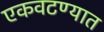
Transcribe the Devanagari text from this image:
एकवटण्यात